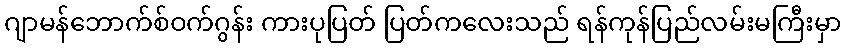
ဂျာမန်ဘောက်စ်ဝက်ဂွန်း ကားပုပြတ် ပြတ်ကလေးသည် ရန်ကုန်ပြည်လမ်းမကြီးမှာ